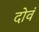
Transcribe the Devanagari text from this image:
दोवं